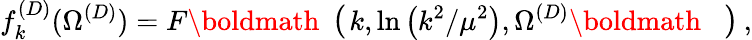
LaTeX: f_{k}^{(D)}(\Omega^{({D})})=F\mathrm{\boldmath\large~\left(~\right.~}\! \! \! k,\ln\left(k^{2}/\mu^{2}\right),\Omega^{({D})}\mathrm{\boldmath\large~\left.~\right)~}\! \! \; ,